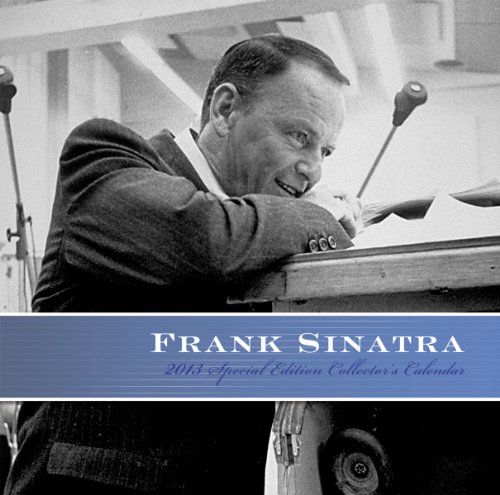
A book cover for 2013 Frank Sinatra  Special Edition Calendar; Day Dream; Calendars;